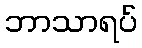
ဘာသာရပ်